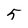
Character: 5